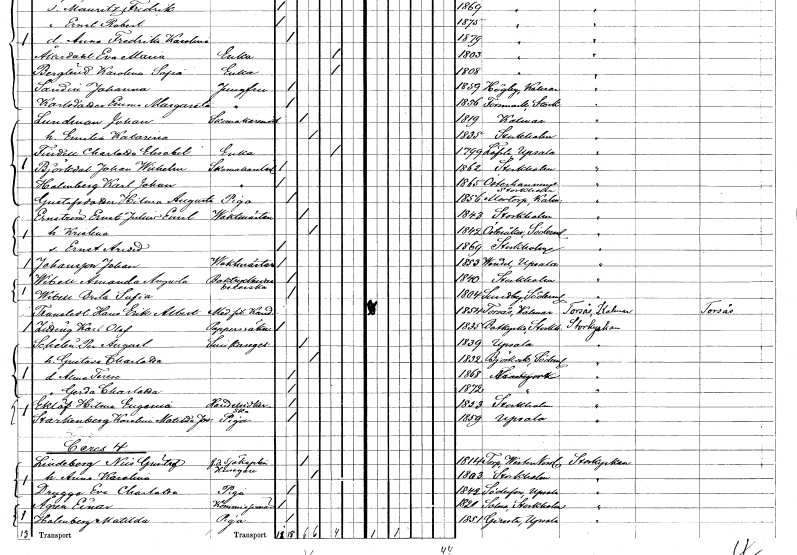
gt_parse: households: individuals: FN: Johan
EN: Lundman
YRKE: Skomakarmäster
KON: M
CIV: G
FODAR: 1819
FODFORS: Kalmar Kalmar län
FN: Emilia Katarina
KON: K
CIV: G
FODAR: 1835
FODFORS: Stockholm
FN: Charlotta Elisabet
EN: Findell
YRKE: Änka
KON: K
CIV: E
FODAR: 1799
FODFORS: Lövsta bruk Uppsala län
FN: Johan Wilhelm
EN: Björkdal
YRKE: Skomakarelärling
KON: M
CIV: O
FODAR: 1862
FODFORS: Stockholm
FN: Karl Johan
EN: Holmberg
YRKE: Skomakarelärling
KON: M
CIV: O
FODAR: 1865
FODFORS: Österhaninge Stockholms län
FN: Hilma Augusta
EN: Gustafsdotter
YRKE: Piga
KON: K
CIV: O
FODAR: 1856
FODFORS: Mortorp Kalmar län
FN: Ernst Julius Emil
EN: Ernström
YRKE: Vaktmästare
KON: M
CIV: G
FODAR: 1843
FODFORS: Stockholm
FN: Kristina
KON: K
CIV: G
FODAR: 1842
FODFORS: Österåker Södermanlands län
FN: Ernst Arvid
KON: M
CIV: O
FODAR: 1869
FODFORS: Stockholm
FN: Johan
EN: Johansson
YRKE: Vaktmästare
KON: M
CIV: O
FODAR: 1853
FODFORS: Vendel Uppsala län
FN: Amanda Augusta
EN: Wisell
YRKE: Boktryckeriarbeterska
KON: K
CIV: O
FODAR: 1840
FODFORS: Stockholm
FN: Brita Sofia
EN: Wisell
KON: K
CIV: O
FODAR: 1804
FODFORS: Sundby Södermanlands län
FN: Hans Erik Albert
EN: Transtedt
YRKE: Medicine fil. Kand.
KON: M
CIV: O
FODAR: 1854
FODFORS: Torsås Kalmar län
FN: Karl Olof
EN: Ziding
YRKE: Pappersräknare
KON: M
CIV: O
FODAR: 1835
FODFORS: Botkyrka Stockholms län
FN: August
EN: Schelin
YRKE: Snickaregesäll
KON: M
CIV: G
FODAR: 1839
FODFORS: Uppsala Uppsala län
FN: Gustava Charlotta
KON: K
CIV: G
FODAR: 1832
FODFORS: Björkvik Södermanlands län
FN: Alma Terese
KON: K
CIV: O
FODAR: 1868
FN: Gerda Charlotta
KON: K
CIV: O
FODAR: 1872
FN: Hilma Eugenia
EN: Eklöf
YRKE: Handelsidkerska
KON: K
CIV: O
FODAR: 1853
FODFORS: Stockholm
FN: Jarolina Matilda Josefina
EN: Starkenberg
YRKE: Piga
KON: K
CIV: O
FODAR: 1859
FODFORS: Uppsala Uppsala län
FN: Nils Gustaf
EN: Lindberg
YRKE: Husägare Sjökapten f.d.
KON: M
CIV: G
FODAR: 1814
FODFORS: Torp Västernorrlands län
FN: Anna Karolina
KON: K
CIV: G
FODAR: 1803
FODFORS: Stockholm
FN: Eva Charlotta
EN: Drugge
YRKE: Piga
KON: K
CIV: O
FODAR: 1842
FODFORS: Söderfors Uppsala län
FN: Einar
EN: Ågren
YRKE: Kommissionär
KON: M
CIV: O
FODAR: 1821
FODFORS: Solna Stockholms län
FN: Matilda
EN: Holmberg
YRKE: Piga
KON: K
CIV: O
FODAR: 1851
FODFORS: Giresta Uppsala län